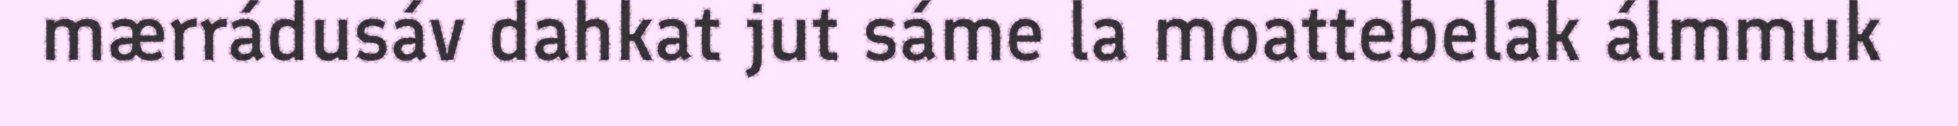
mærrádusáv dahkat jut sáme la moattebelak álmmuk